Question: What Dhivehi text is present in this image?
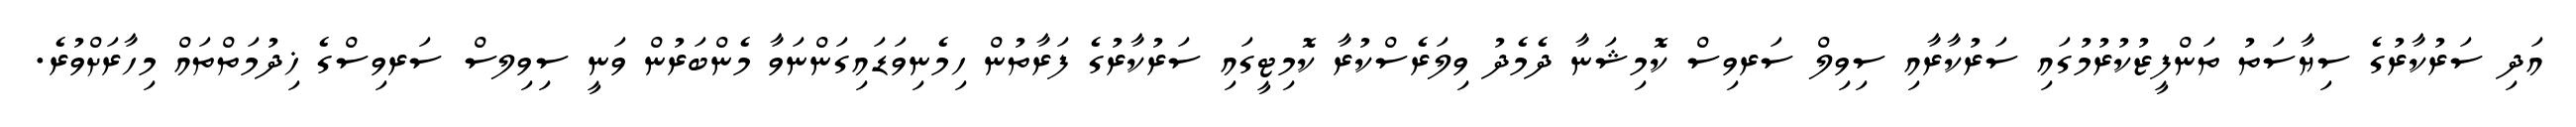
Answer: އަދި ސަރުކާރުގެ ސިޔާސަތު ތަންފީޒުކުރުމުގައި ސަރުކާރާއި ސިވިލް ސަރވިސް ކޮމިޝަނާ ދެމެދު ވިލަރެސްކުރާ ކޮމިޓީގައި ސަރުކާރުގެ ފަރާތުން ހިމެނިވަޑައިގަންނަވާ މެންބަރުން ވަނީ ސިވިލސް ސަރވިސްގެ ޚިދުމަތްތައް މިހާރަށްވުރެ.